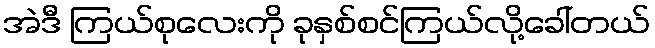
အဲဒီ ကြယ်စုလေးကို ခုနှစ်စင်ကြယ်လို့ခေါ်တယ်